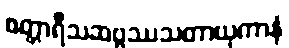
စတ္တာရီသဆဗ္ဗဿသတာယုကာနံ